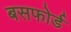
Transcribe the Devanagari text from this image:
बसफोर्ड